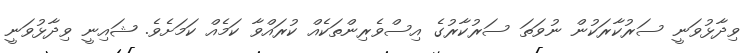
ވިދާޅުވަނީ ސަރުކާރަކުން ނުވަތަ ސަރުކާރުގެ އިސްވެރިންތަކެއް ކުރައްވާ ކަމެއް ކަމަށެވެ. ޝައިނީ ވިދާޅުވަނީ